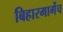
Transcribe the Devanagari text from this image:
बिहारमार्गेच